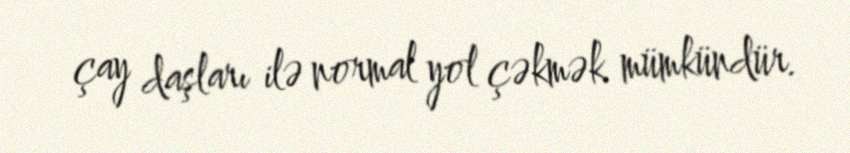
çay daşları ilə normal yol çəkmək mümkündür.